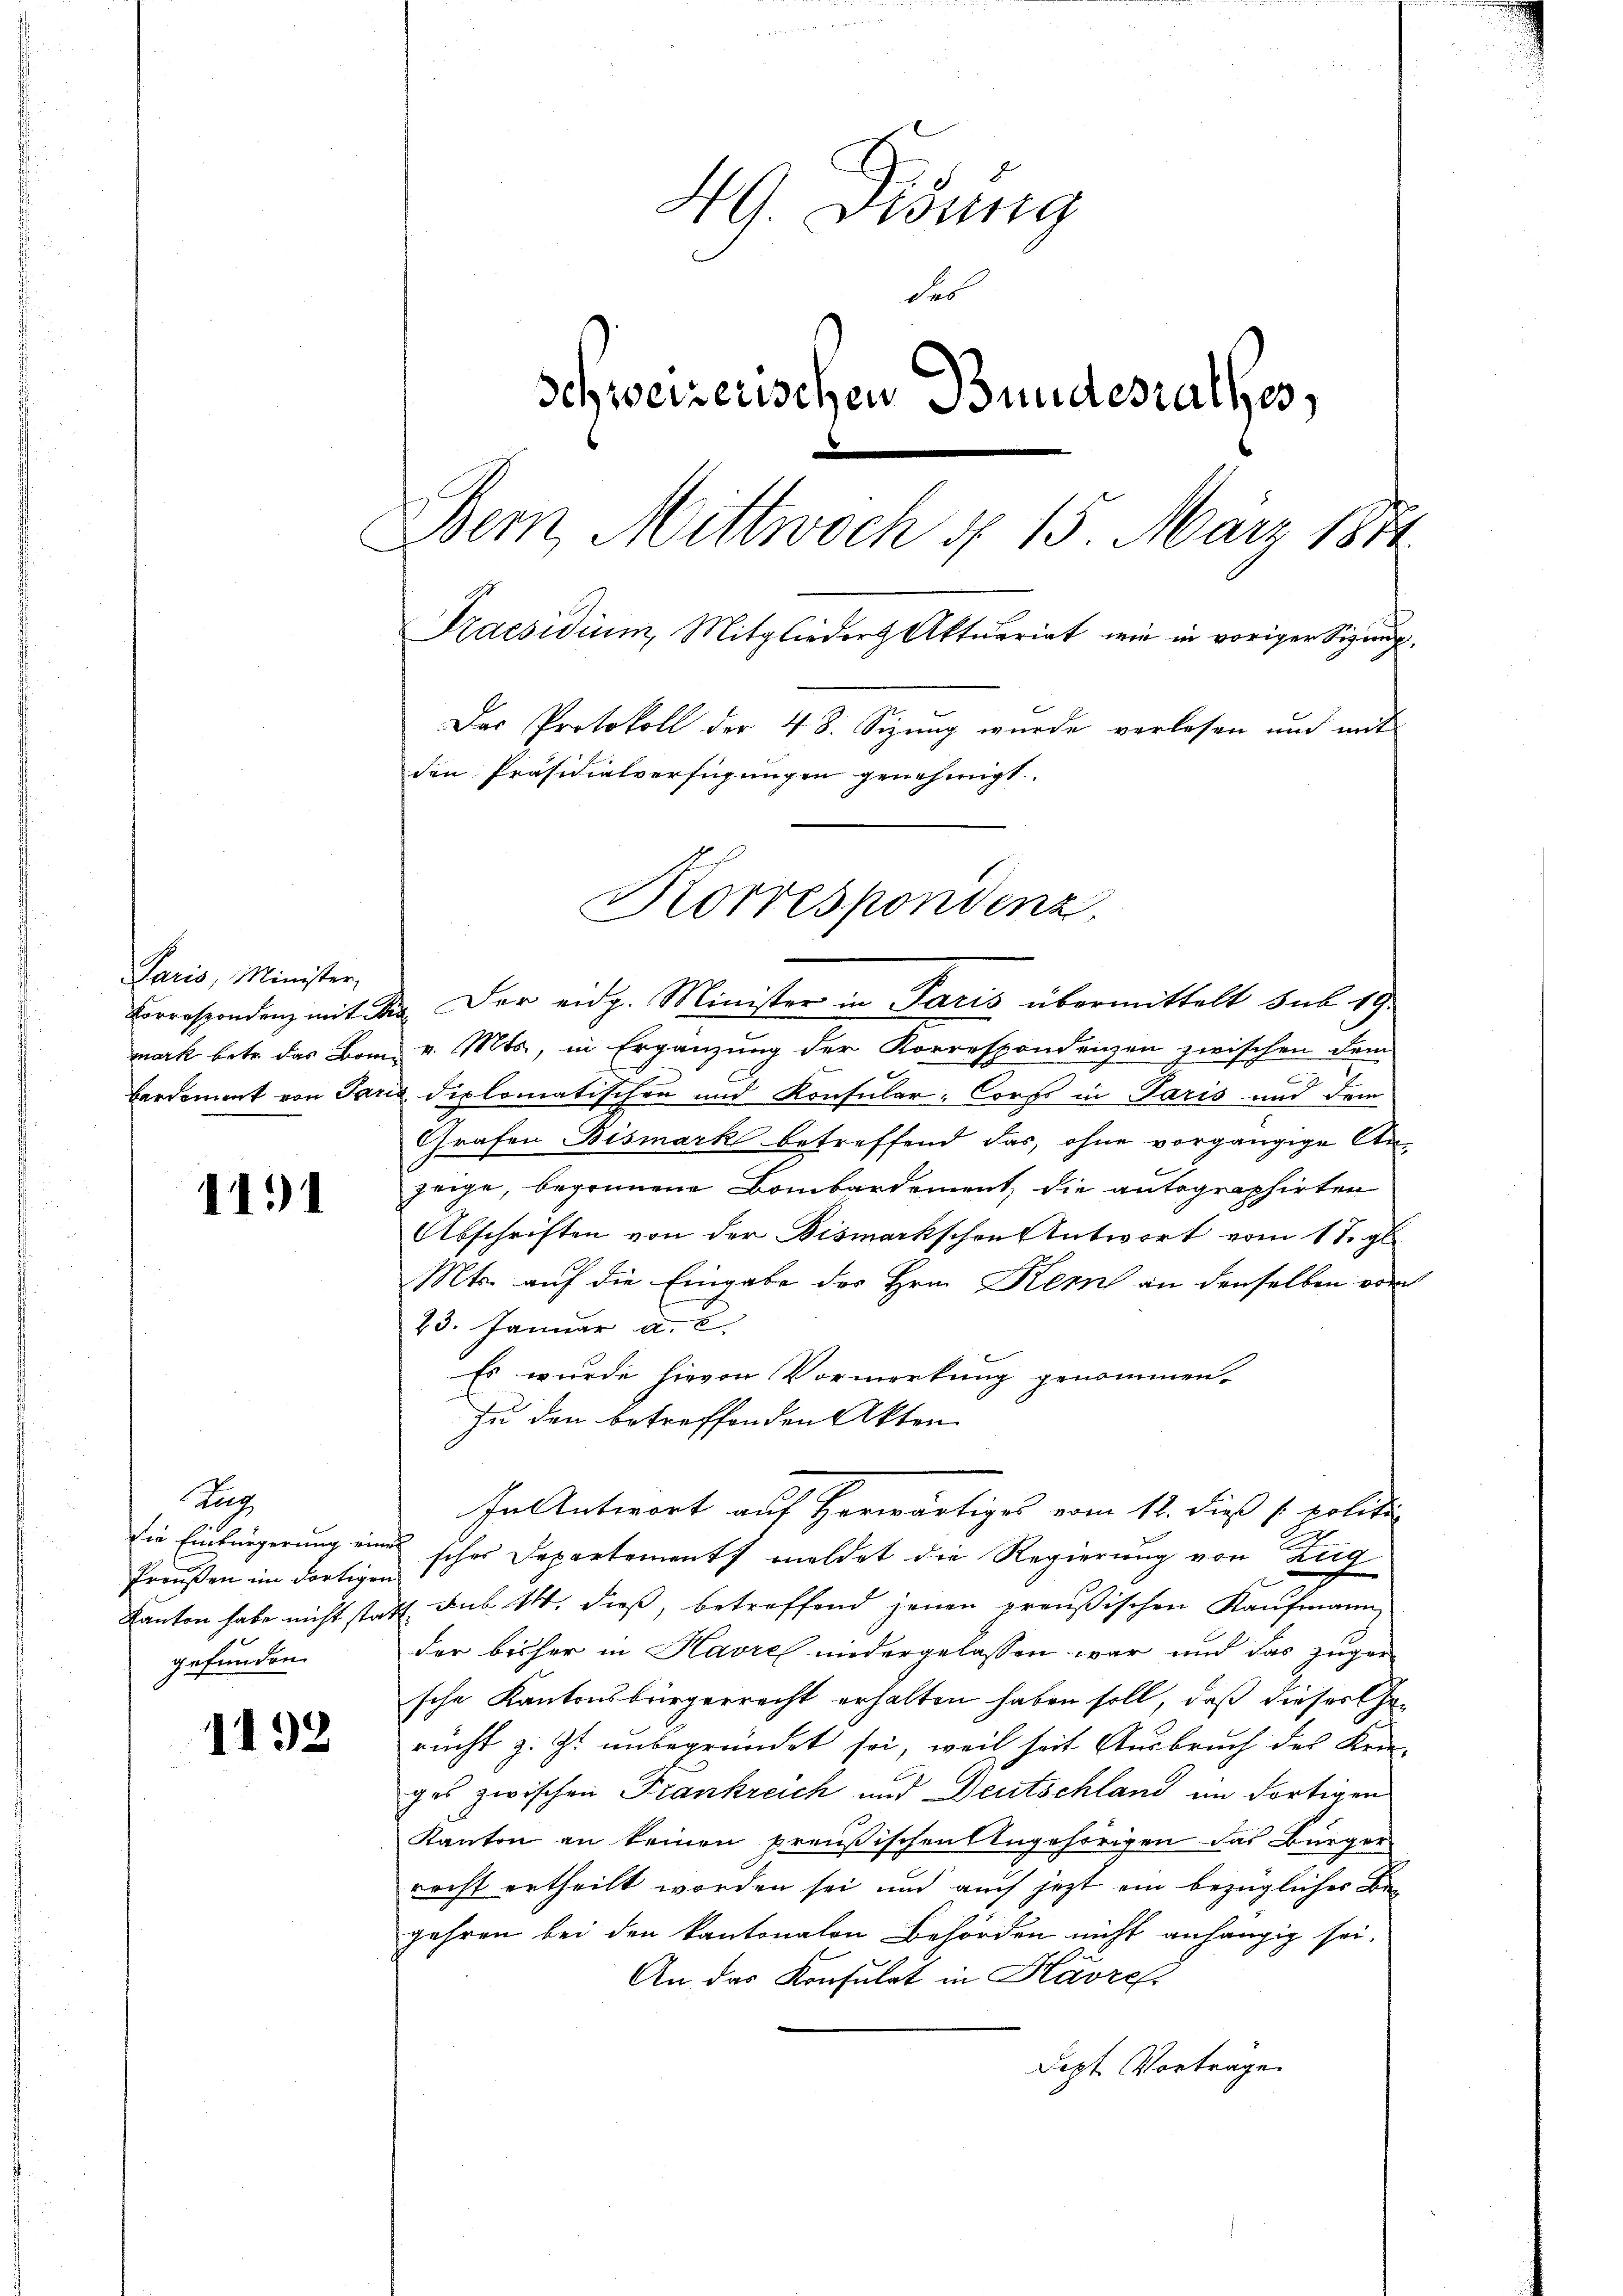
Paris, Minister,

1191

Ka
Proußen im dortigen
gefunden.

1192

HG. Disung
des
schweizerischen Bundesrathes,
Bem, Mittwoch d. 15. März 1874.
l
Praesidium, Mitglieder Aktuariat wie in voriger Sizing¬
Das Protokoll der 48. Sizung wurde verlesen und mit
den Präsidialverfügungen genehmigt.
Korrespondenz,

In Antwort auf herwärtiges vom 12. dieß (politi

Correspondenz mit Dr. Der eidg. Minister in Paris übermittelt sub 19.
mark betr. das Bon v. Mts., in Ergänzung der Korrespondenzen zwischen dem
bardement von Paris diplomatischen und Konsular-Corps in Paris und dem
Grafen Bismark betreffend das, ohne vorgängige Anzeige, begrünene Bombardement, die autographirten
Abschriften von der Bismarkschen Antwort vom 11. gl.
Mts. auf die Eingabe des Hrn. Kern an denselben von
23. Januar a. c.
Es wurde hievon Vormerkung genommen.
zu den betreffenden Akten
die Einfürgerung eine schon Departements meldet die Regierung von Zug
Kanton habe nicht statt. sub. 14. dieß, betreffend jenen preußischen Kaufmann,
der bisher in Havre niedergelassen war und das zuger
sche Kantonsbürgerrecht erhalten haben soll, daß dieser Gerucht z. Zt. unbegründet sei, weil seit Ausbruch des Krie-
ges zwischen Frankreich und Deutschland im dortigen
Kanton an keinen preußischen Angehörigen das Bürger
recht ertheilt worden sei und auch jezt ein bezüglicher Be-
gehren bei den kantonalen Behörden nicht anhängig sei.
An das Konsulat in Havre
Jezt Vortrage